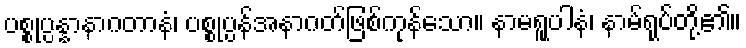
ပစ္စုပ္ပန္နာနာဂတာနံ၊ ပစ္စုပ္ပန်အနာဂတ်ဖြစ်ကုန်သော။ နာမရူပါနံ၊ နာမ်ရုပ်တို့၏။